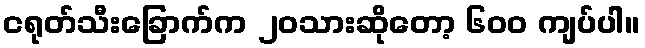
ငရုတ်သီးခြောက်က ၂၀သားဆိုတော့ ၆၀၀ ကျပ်ပါ။